Bréfritari: Teitur Símonarson
Viðtakandi: Jón Borgfirðingur
Dagsetning: A-1857-07-04
Skrifað á: Hvítárósi  Borg.

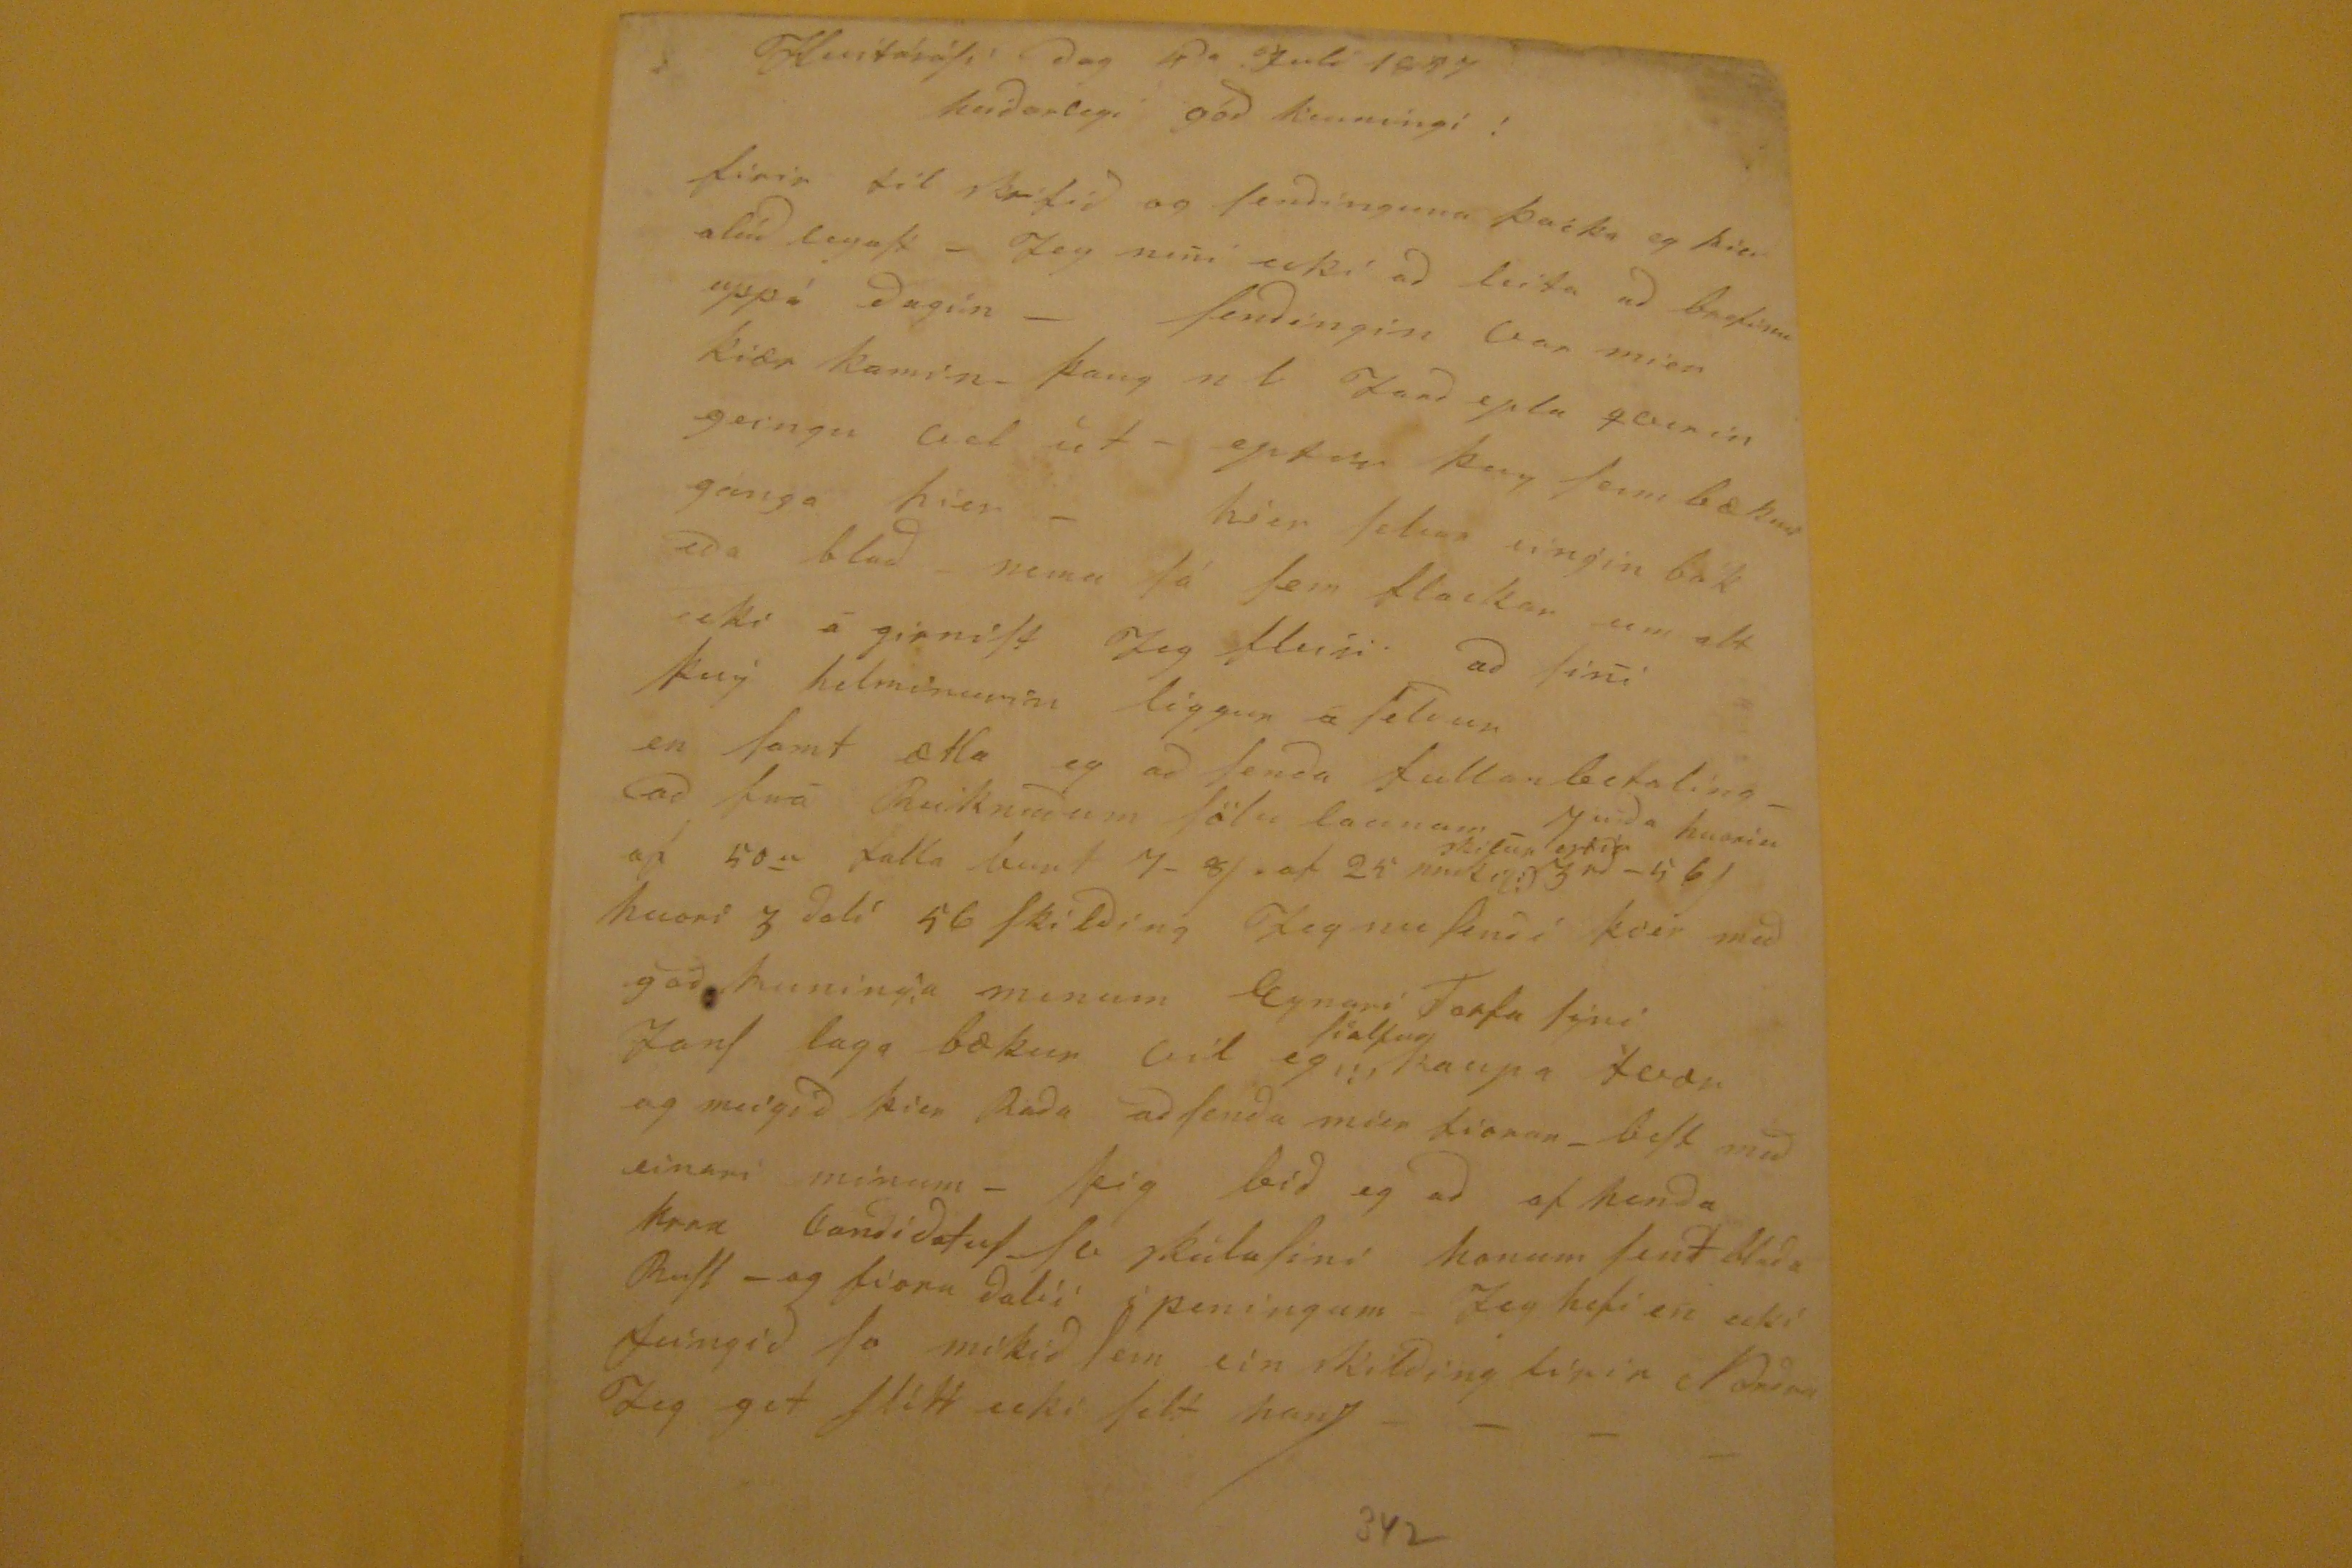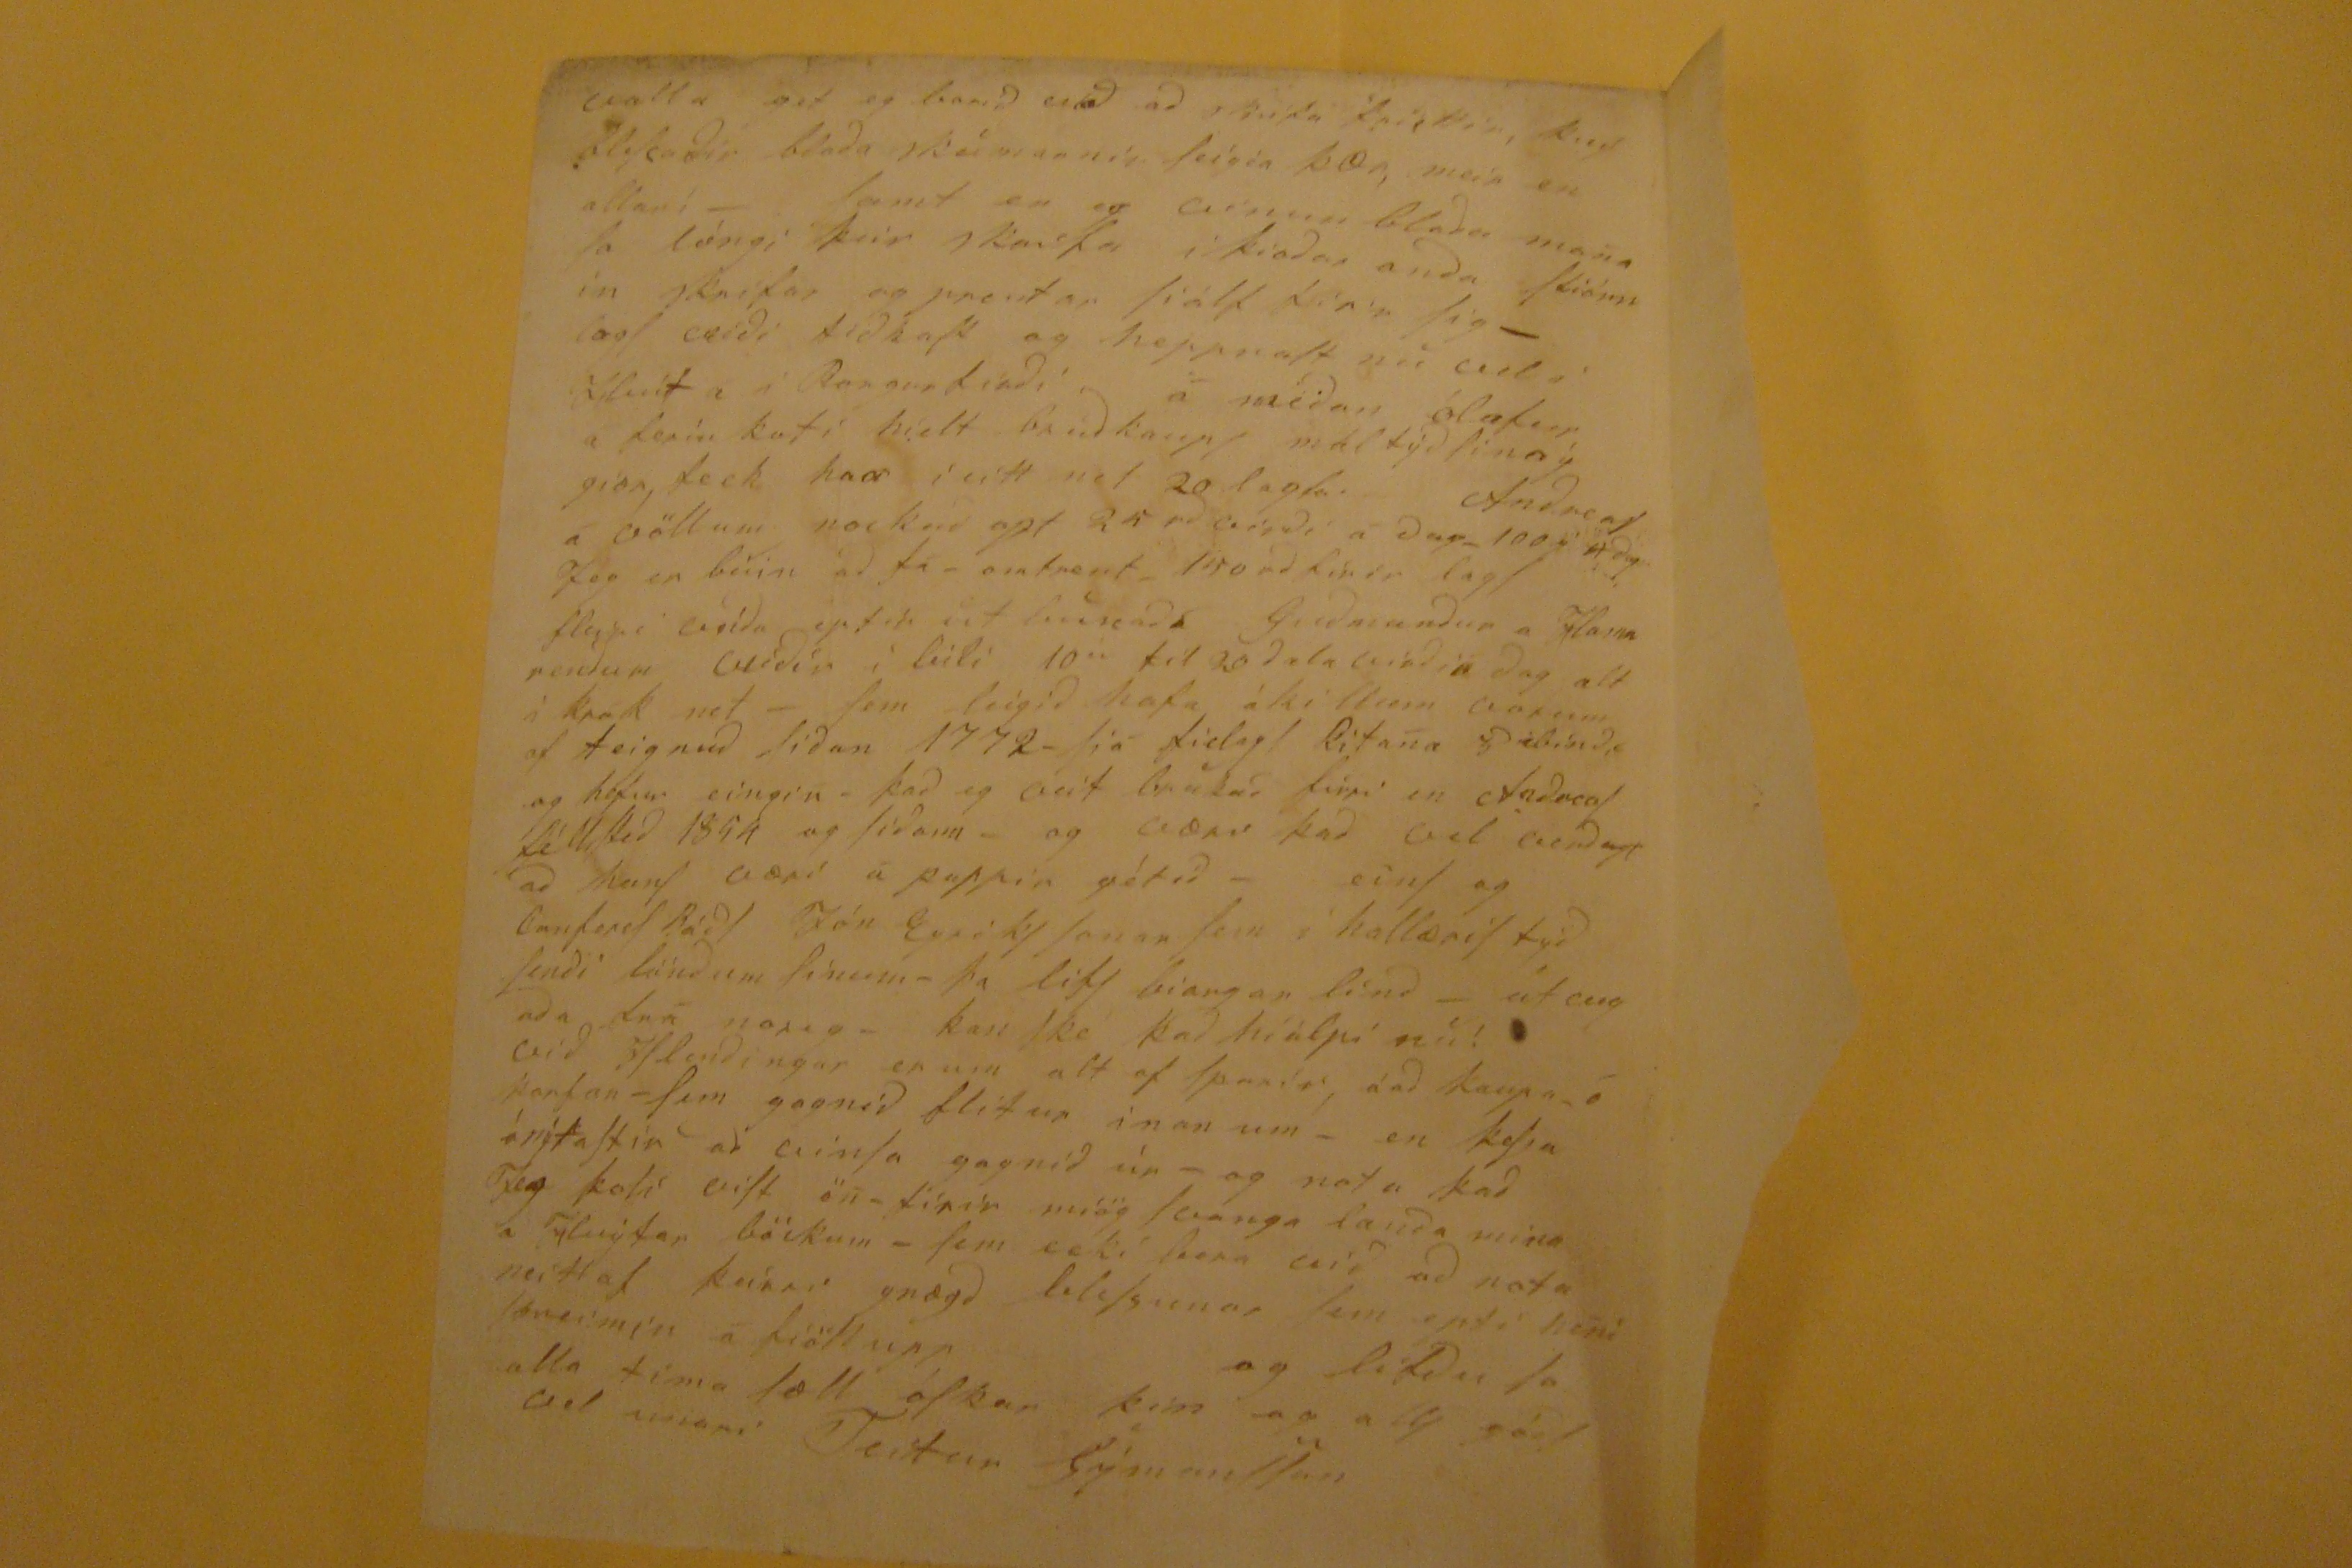

HvitáróSi dag 4
da
Juli 1857
heidarlegi gód kunningi!
firir til skrifid og Sendinguna þacka eg þier alúd
leynSt
- Jeg mun exki ad leita ad brefinu uppá dagin- Sendingin var mier kiær komin- þaug n l
land epta qauin
ganga vel ut- eptir þaug Sem bækur gánga hier- hier tekur eingin bók eda blad nema fá Sem flackar um alt ecki á girniSt Jeg
hluti
ad Sini
þaug
helminurin liggur á
feliur
en Samt ætla eg ad Senda fullan betaling- ad frá Reikninum Sölu launum- yfdi hanin af 50~ falla burt 7-8/ af 25 nnk
skilur eptir
3
rd
-56 hvori 3dali 56 skilding Jeg nu Sendi þier med god kuninga minum Eynari Torfa Sini JonS laga bækur vil eg
Sialfur
kaupa tvær og meigid þier lada ad Senda mier fiorar- beSt med einari minum- þig bid eg ad af henda
krna
bandidatuf Se skúlaSini honum Sent blada Bull- og fiora dali i peningum Jeg hegi en ecki feingid So mikid Sem ein skilding firir Vondar Jeg get flítt ecki fels hanS-
valla get eg barid vid ad skrifa friettir, því blikadir blada skammanir Seigia þær, meir en allarí- Samt er eg einun blada mana So léngi þeir skrifa i þiodar anda
kiónnin
skrifar og prentar Siálf firir þig- lagt
nidi
tidkaSt og heppnaSt nu vel i Hnút a i Rangártradi á medan ólafur a
Sería
koti hielt brúdkaupS máltýd Sina ý giær leck haar ì eitt nit 20 lagt Andreas a völlum nockud opt 25
rd
virdi á daga 100
s
Adog fleydar mída eptir út bunad Gudmundur a Hama reidum audir ì leiti 10~ til 20 dala madin dag alt i krok net- sem seigid hafa ákillum vorum af teignud Sidan 1772- hjá Sielagt Ritana Dibinda og hefur eingin- þad eg veit brular fiori en fadmaS fill tid 1859 og Sidann- og væru þad vel verdugt ad hanS væri á pappir gétid- einS og lanferef BádS Jón EyríkS Sonar Sem hallæriS týd Sendi löndum Sinum- þa lift liangar lönd- út vigada frá nema- kan Ske þad hiálpi mér vid ISlendingar erum alt of Sparir á ad kaupa óþarfan- Sem gagnid flitur inan um- en þeSsa ónítaStir ad
ginSa
gangid úr- og nota þad jeg koli eiSt ön-firir miög launga landa mina á fligtar böckum- Sem ecki bera vid ad nota neitt af þeirri gnægd bleSsunar Sem eptir heni nermer á fiöll upp og lifdu So alla tíma Sæll óSkar kem og allS gódS al miari Teitur SýmonSSon